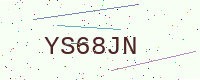
Text: YS68JN